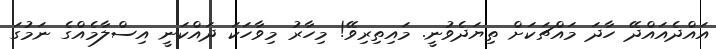
އައްދެއައްދޭ ހާދަ މައްޗަކަށް ތިޔަދެވުނީ. މައިތިރިވޭ! މިހާރު މިވާހަކަ ދައްކަނީ އިސްލާމެއްގެ ނަމުގަ